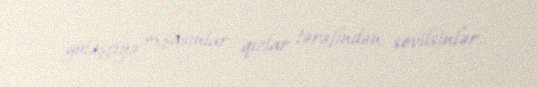
güləşçiyə oxşasınlar, qızlar tərəfindən sevilsinlər.